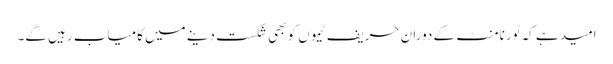
امید ہے کہ ٹورنامنٹ کے دوران حریف ٹیموں کو بھی شکست دینے میں کامیاب رہیں گے۔